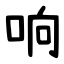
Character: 响